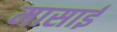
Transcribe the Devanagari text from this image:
मासाई